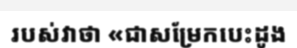
របស់វាថា «ជាសម្រែកបេះដូង